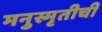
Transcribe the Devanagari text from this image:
मनुस्मृतीची